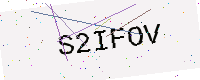
Text: S2IFOV